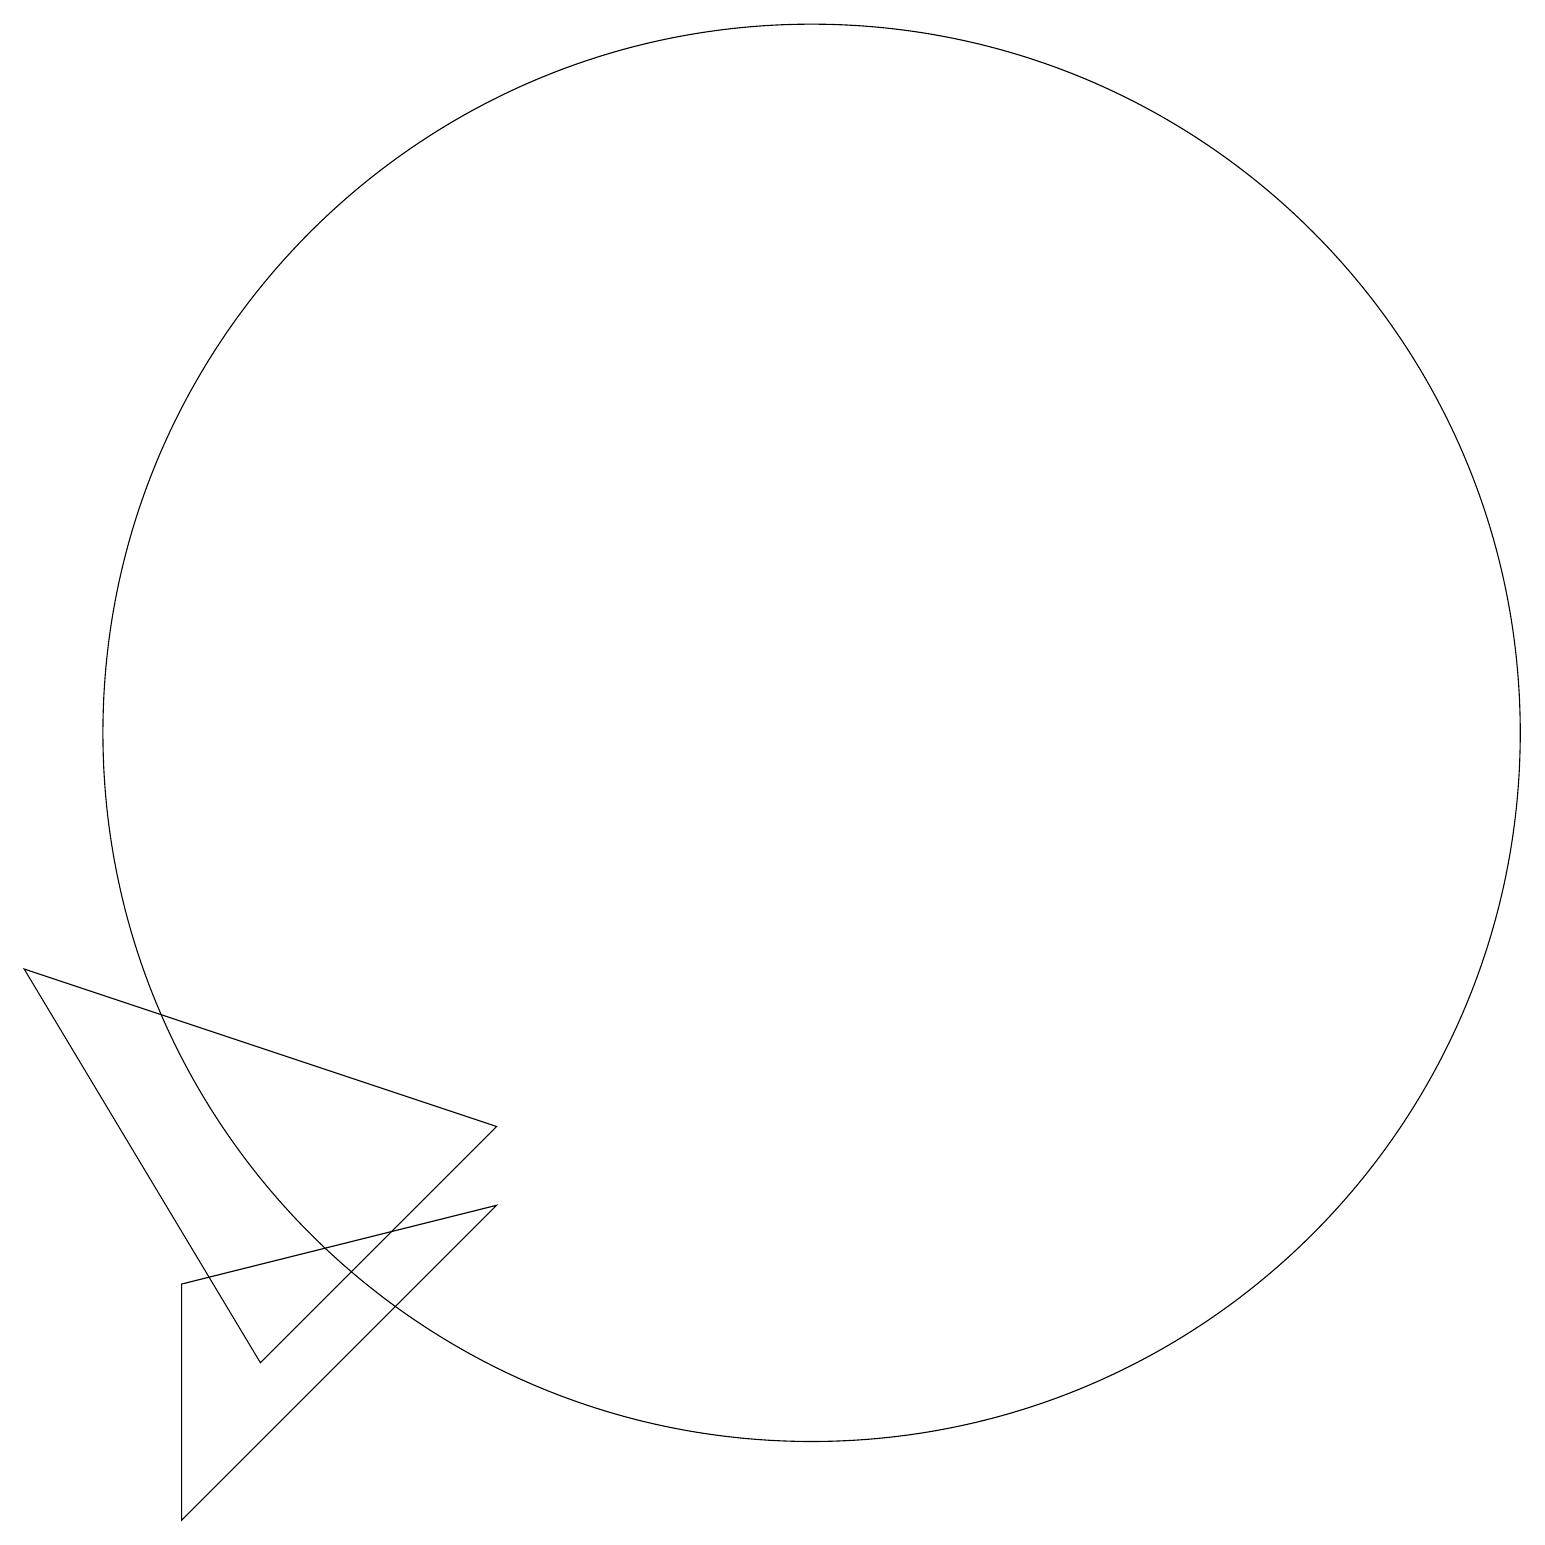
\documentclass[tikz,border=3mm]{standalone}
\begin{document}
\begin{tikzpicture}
\draw (4,2) -- (1,7) -- (7,5) -- cycle;
\draw (3,0) -- (3,3) -- (7,4) -- cycle;
\draw (11,10) circle (9);
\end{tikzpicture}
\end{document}